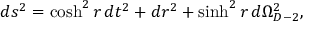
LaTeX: d s ^ { 2 } = \cosh ^ { 2 } r \, d t ^ { 2 } + d r ^ { 2 } + \sinh ^ { 2 } r \, d \Omega _ { D - 2 } ^ { 2 } ,